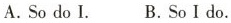
A.So do I. B.So Ido.